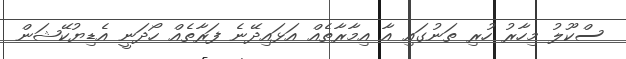
ސްކޫލު މިހާރު ހުރި ތަނުގައި އާ އިމާރާތެއް އަޅައިދޭނެ ފަރާތެއް ހޯދަނީ އެޑިޔުކޭޝަން